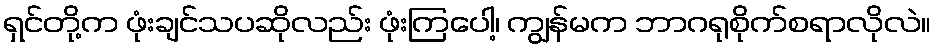
ရှင်တို့က ဖုံးချင်သပဆိုလည်း ဖုံးကြပေါ့၊ ကျွန်မက ဘာဂရုစိုက်စရာလိုလဲ။